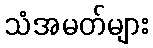
သံအမတ်များ